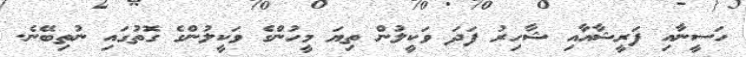
ހަސީނާއި ފަރީޝާއާއި ޝާހިރު ފަދަ ވަކީލުން ތިޔަ މީހުންގެ ވަކީލުންގެ ގޮތުގައި ނުތިބޭނެ.